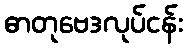
ဓာတုဗေဒလုပ်ငန်း